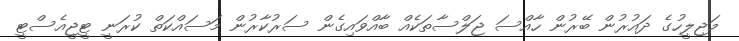
މަޖިލީހުގެ ދައުރުން ބޭރުން ހާއްސަ ޖަލްސާތަކެއް ބާއްވައިގެން ސަރުކާރުން މަސައްކަތް ކުރަނީ ޓީޖީއެސްޓީ